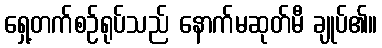
ရှေ့တက်စဉ်ရုပ်သည် နောက်မဆုတ်မီ ချုပ်၏။